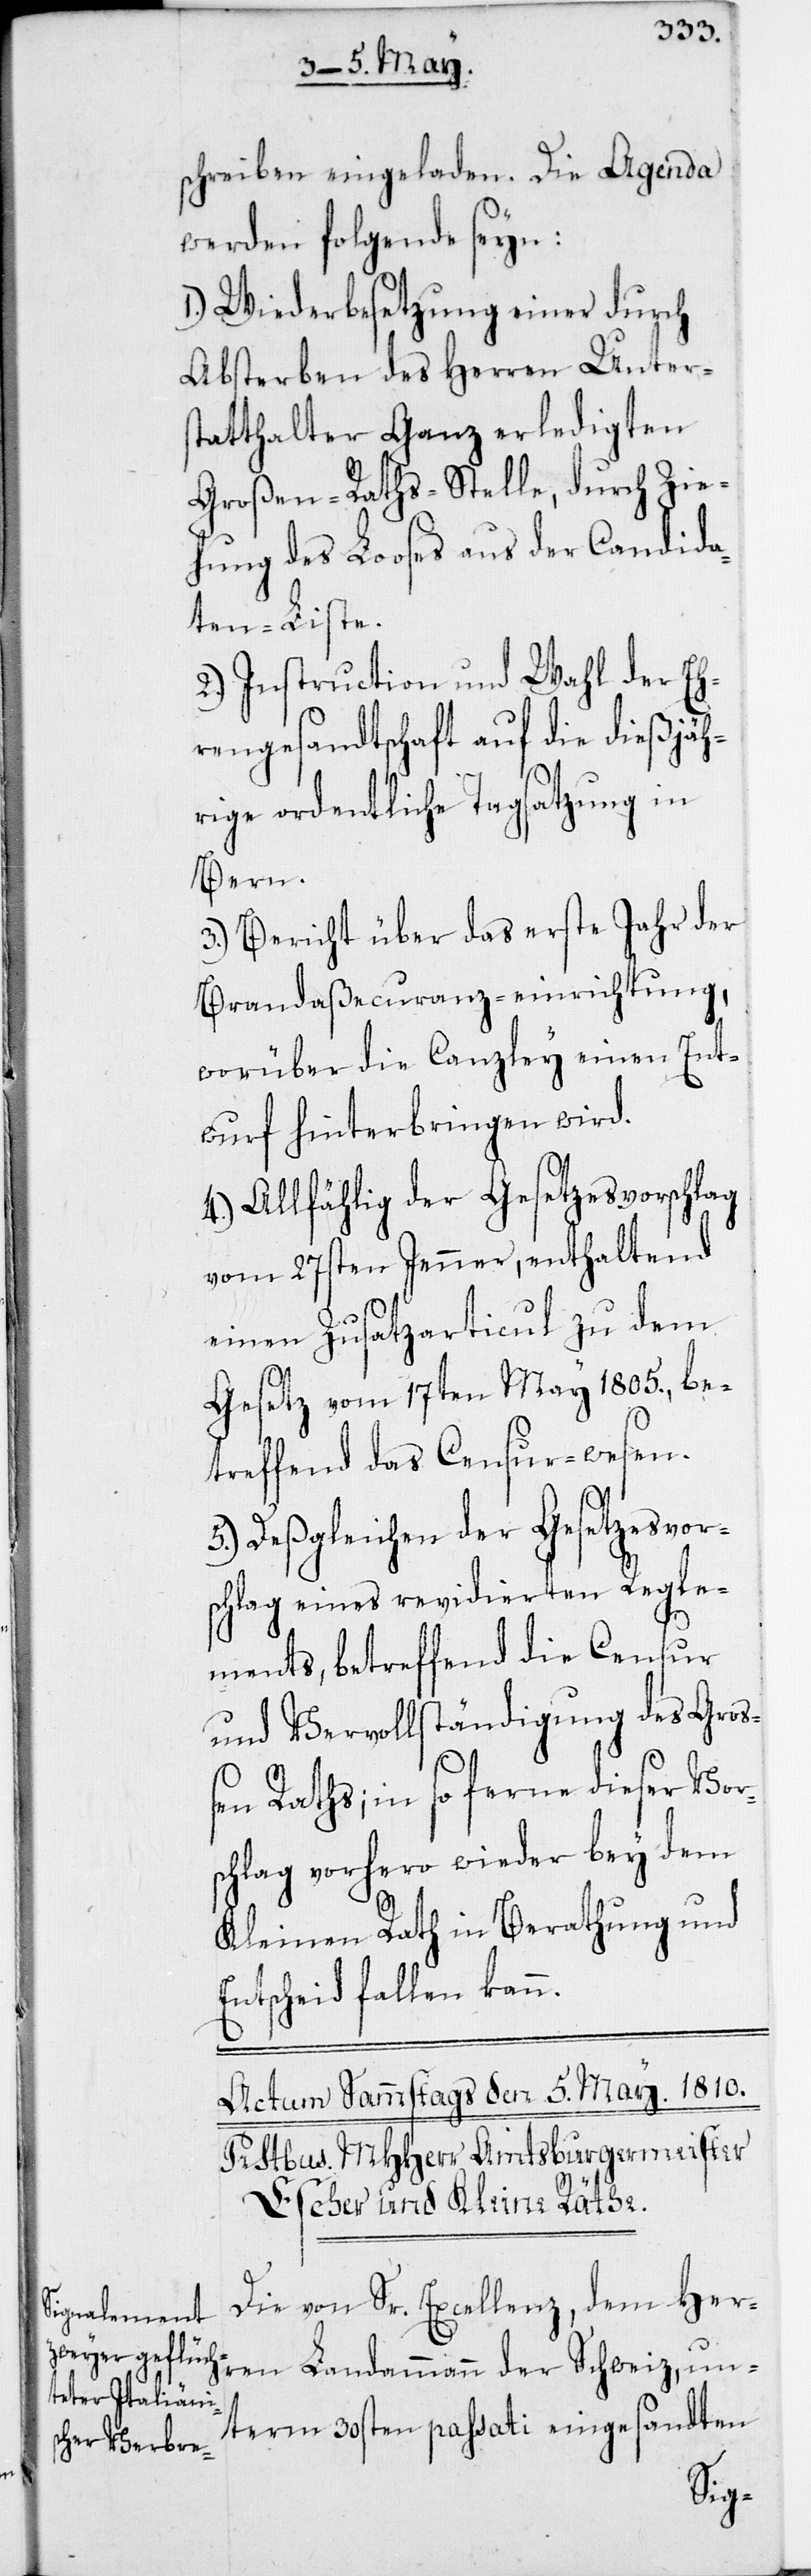
Schreiben eingeladen. Die Agenda
werden folgende seyn:
1. Wiederbesetzung einer durch
Absterben des Herren Unters¬
tatthalter Ganz erledigten
Großen-Raths-Stelle, durch Zie¬
hung des Looses aus der Candida¬
ten-Liste.
2. Instruction und Wahl der Eh¬
rengesandtschaft auf die dießjäh¬
rige ordentliche Tagsatzung in
Bern.
3. Bericht über das erste Jahr der
Brandaßecuranzeinrichtung,
worüber die Canzley einen Ent¬
wurf hinterbringen wird.
4. Allfählig der Gesetzesvorschlag
vom 27sten Jenner, enthaltend
einen Zusatzarticul zu dem
Gesetz vom 17ten May 1805., be¬
treffend das Censurwesen.
5. Deßgleichen der Gesetzesvor¬
schlag eines revidierten Regle¬
un¬
ments, betreffend die Censur
und Vervollständigung des Groß¬
en Raths; in so ferne dieser Vor¬
schlag vorhero wieder bey dem
Kleinen Rath in Berathung und
Entscheid fallen kann.
Die von Sr. Excellenz, dem Her¬
term 30sten passati eingesandten